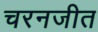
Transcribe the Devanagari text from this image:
चरनजीत